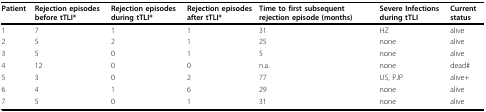
<table><thead><tr><td><b>Patient</b></td><td><b>Rejection episodes before tTLI*</b></td><td><b>Rejection episodes during tTLI*</b></td><td><b>Rejection episodes after tTLI*</b></td><td><b>Time to first subsequent rejection episode (months)</b></td><td><b>Severe Infections during tTLI</b></td><td><b>Current status</b></td></tr></thead><tbody><tr><td>1</td><td>7</td><td>1</td><td>1</td><td>31</td><td>HZ</td><td>alive</td></tr><tr><td>2</td><td>5</td><td>2</td><td>1</td><td>25</td><td>none</td><td>alive</td></tr><tr><td>3</td><td>5</td><td>0</td><td>1</td><td>5</td><td>none</td><td>alive</td></tr><tr><td>4</td><td>12</td><td>0</td><td>0</td><td>n.a.</td><td>none</td><td>dead#</td></tr><tr><td>5</td><td>3</td><td>0</td><td>2</td><td>77</td><td>US, PJP</td><td>alive+</td></tr><tr><td>6</td><td>4</td><td>1</td><td>6</td><td>29</td><td>none</td><td>alive</td></tr><tr><td>7</td><td>5</td><td>0</td><td>1</td><td>31</td><td>none</td><td>alive</td></tr></tbody></table>